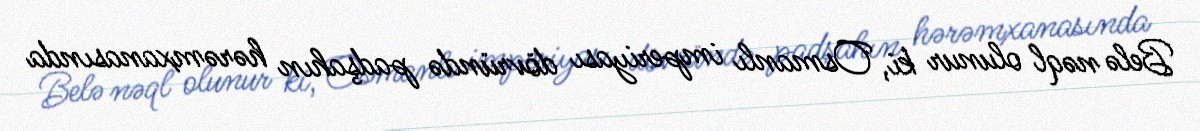
Belə nəql olunur ki, Osmanlı imperiyası dövründə padşahın hərəmxanasında